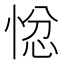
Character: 𭝗